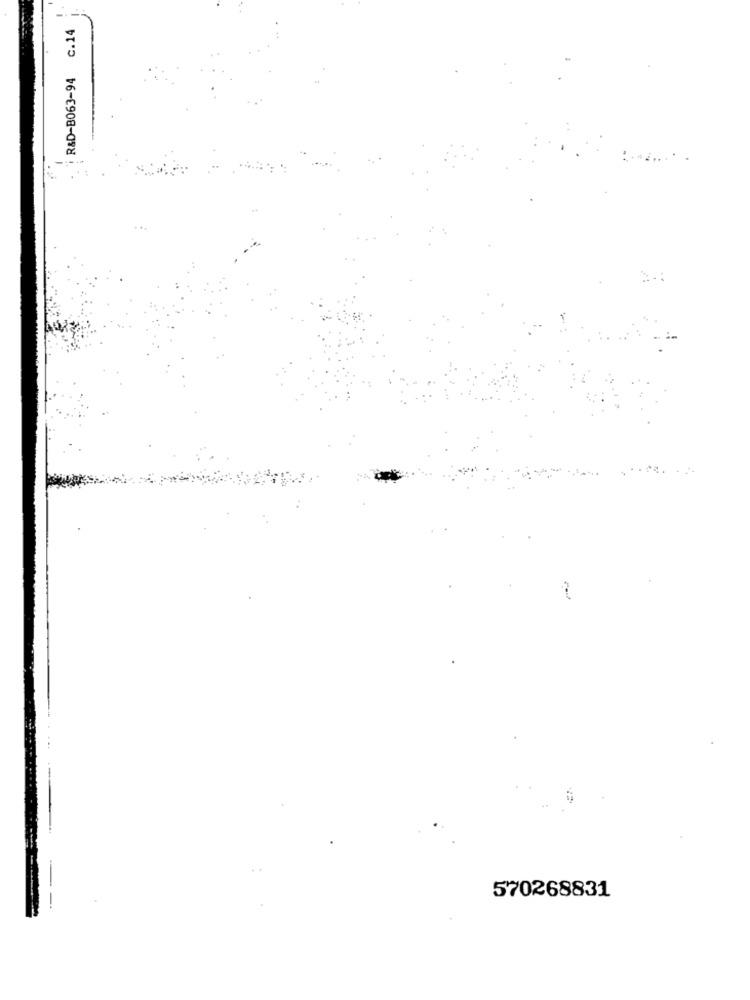
C.14
R&D-B063-94
570268831